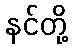
နင်တို့